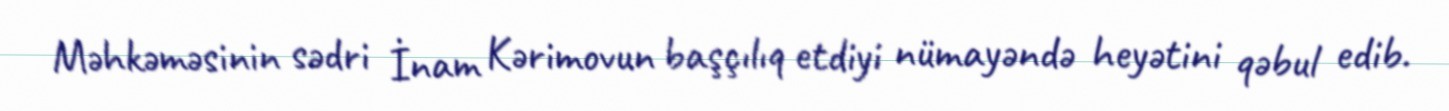
Məhkəməsinin sədri İnam Kərimovun başçılıq etdiyi nümayəndə heyətini qəbul edib.